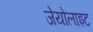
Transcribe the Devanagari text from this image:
जेयोलाइट